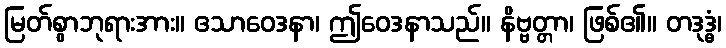
မြတ်စွာဘုရားအား။ ဧသာဝေဒနာ၊ ဤဝေဒနာသည်။ နိဗ္ဗတ္တာ၊ ဖြစ်၏။ တဒုဒ္ဓံ၊